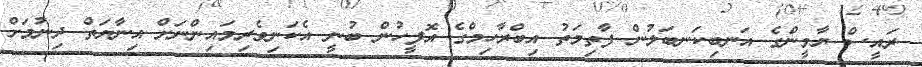
ރައީސް ޔާމީންގެ އަނބިކަނބަލުން ފާތިމަތު އިބްރާހިމްގެ އޮފީހުން ބުނީ އެކަނިވެރިމައިންނަށް އިނާޔަތް ދިނުމަށް